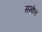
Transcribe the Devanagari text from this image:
सम्केत